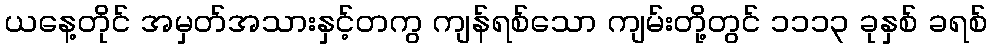
ယနေ့တိုင် အမှတ်အသားနှင့်တကွ ကျန်ရစ်သော ကျမ်းတို့တွင် ၁၁၁၃ ခုနှစ် ခရစ်